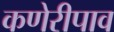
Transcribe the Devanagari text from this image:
कणेरीपाव